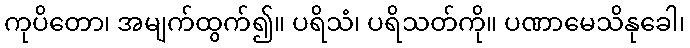
ကုပိတော၊ အမျက်ထွက်၍။ ပရိသံ၊ ပရိသတ်ကို။ ပဏာမေသိနုခေါ၊